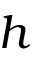
h